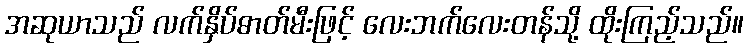
အဆုယာသည် လက်နှိပ်ဓာတ်မီးဖြင့် လေးဘက်လေးတန်သို့ ထိုးကြည့်သည်။